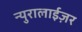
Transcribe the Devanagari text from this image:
न्युरालाईज़र